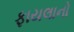
ફાયલાનો